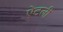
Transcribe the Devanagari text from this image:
ऐटली